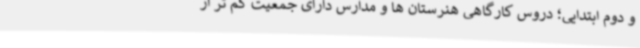
و دوم ابتدایی؛ دروس کارگاهی هنرستان ها و مدارس دارای جمعیت کم تر ار